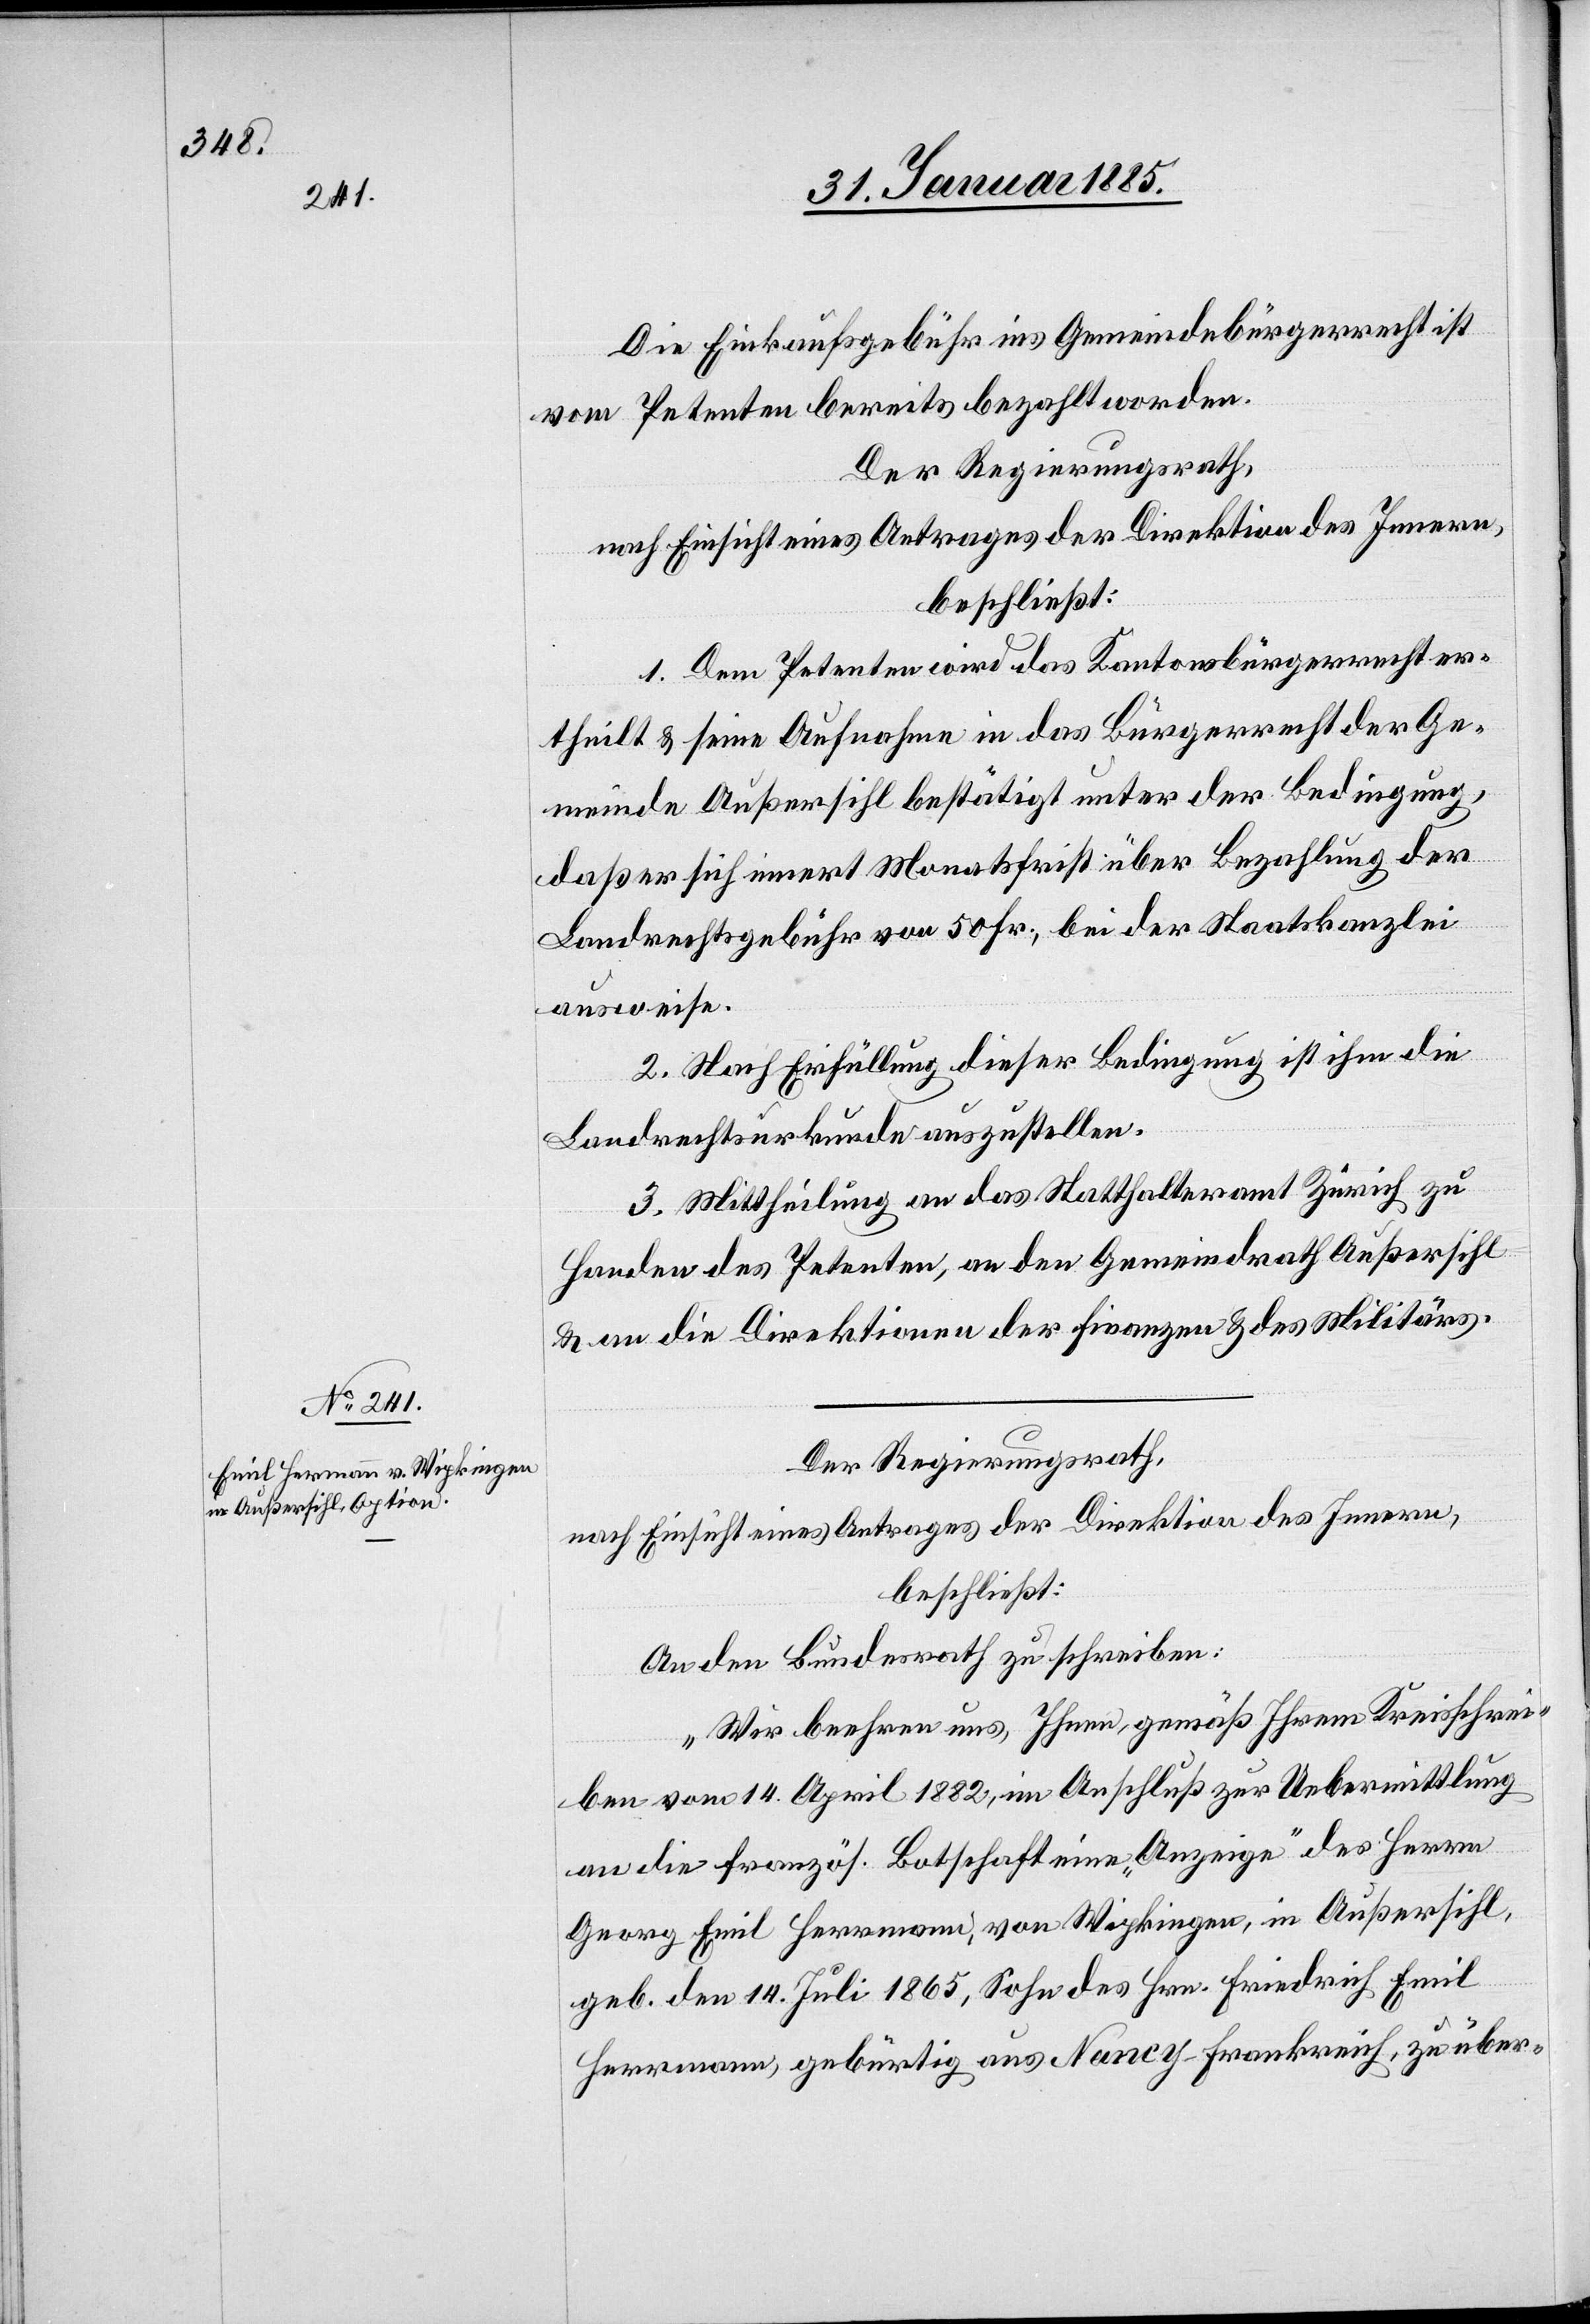
Die Einkaufsgebühr ins Gemeindebürgerrecht ist
vom Petenten bereits bezahlt worden.
Der Regierungsrath,
nach Einsicht eines Antrages der Direktion des Innern,
beschließt:
1. Dem Petenten wird das Kantonsbürgerrecht er¬
theilt & seine Aufnahme in das Bürgerrecht der Ge¬
meinde Außersihl bestätigt unter der Bedingung
daß er sich innert Monatsfrist über Bezahlung der
Landrechtsgebühr von 50 Fr., bei der Staatskanzlei
ausweise.
2. Nach Erfüllung dieser Bedingung ist ihm die
Landrechtsurkunde auszustellen.
3. Mittheilung an das Statthalteramt Zürich zu
Handen des Petenten, an den Gemeindrath Außersihl
& an die Direktion der Finanzen & des Militärs.
Der Regierungsrath,
nach Einsicht eines Antrages der Direktion des Innern,
beschließt:
An den Bundesrath zu schreiben:
„Wir beehren uns, Ihnen, gemäß Ihrem Kreisschrei¬
ben vom 14. April 1882, im Anschluß zur Uebermittlung
an die französ. Botschaft eine „Anzeige“ des Herrn
Georg Emil Hermann, von Wipkingen, in Außersihl,
geb. den 14. Juli 1865, Sohn des Hrn. Friedrich Emil
Hermann, gebürtig aus Nancy - Frankreich, zu über-